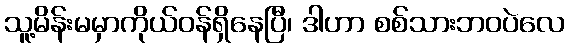
သူ့မိန်းမမှာကိုယ်ဝန်ရှိနေပြီ၊ ဒါဟာ စစ်သားဘဝပဲလေ